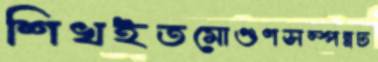
শিখইতমোগুণসম্পন্নঢ